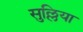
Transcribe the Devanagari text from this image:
सुल्लिया